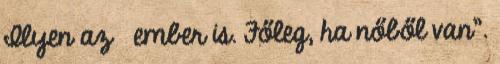
Ilyen az ember is. Főleg, ha nőből van”.